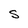
Character: S